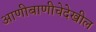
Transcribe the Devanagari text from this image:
आणीबाणीचेदेखील